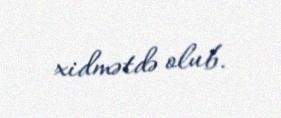
xidmətdə olub.